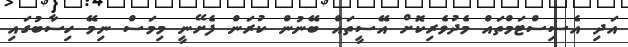
އަދި އެސިސްޓަމްތައް މެދުވެރިކޮށް އޭސީތައް ބޭނުން ކުރަން ފެށޭނީ މިމަސް ނިމޭ ހިސާބުގައި